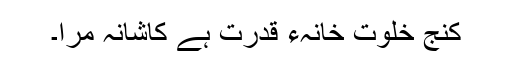
کنجِ خلوت خانہء قدرت ہے کاشانہ مرا۔